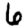
Digit: 6